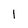
Character: 1